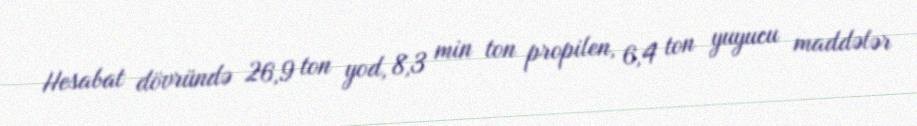
Hesabat dövründə 26,9 ton yod, 8,3 min ton propilen, 6,4 ton yuyucu maddələr